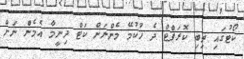
ކޯޓުގައި ތިބި ކޮރަޕްޓް ދެ ހުކުމޭ މެންނަށް ކަޓް ދިނީމާ އެމެން ނަށް